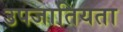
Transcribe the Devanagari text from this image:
उपजातियता